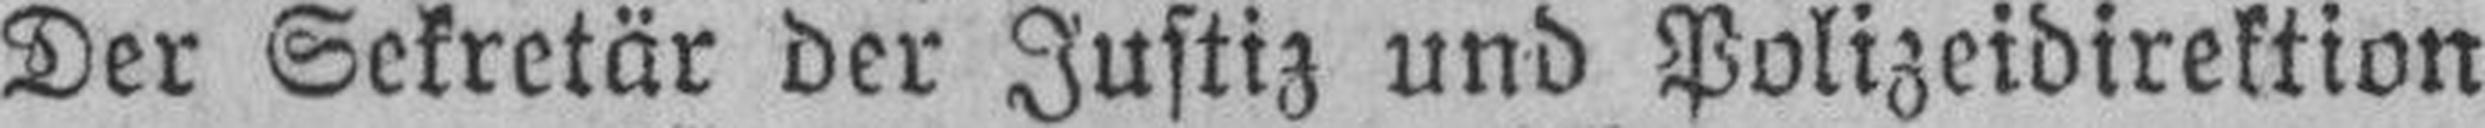
Der Sekretär der Justiz und Polizeidirektion